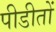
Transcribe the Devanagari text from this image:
पीडीतों